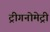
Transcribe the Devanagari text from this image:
ट्रीगनोमेट्री